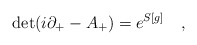
\begin{align*}{\rm det}(i \partial_{+} -A_{+} )=e^{S[g]} \quad,\end{align*}